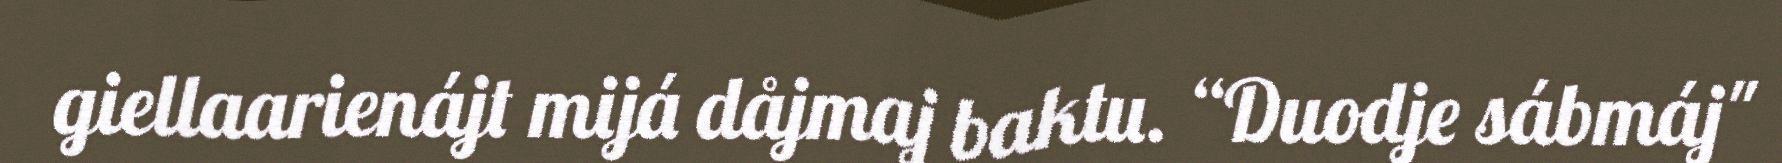
giellaarienájt mijá dåjmaj baktu. “Duodje sábmáj"